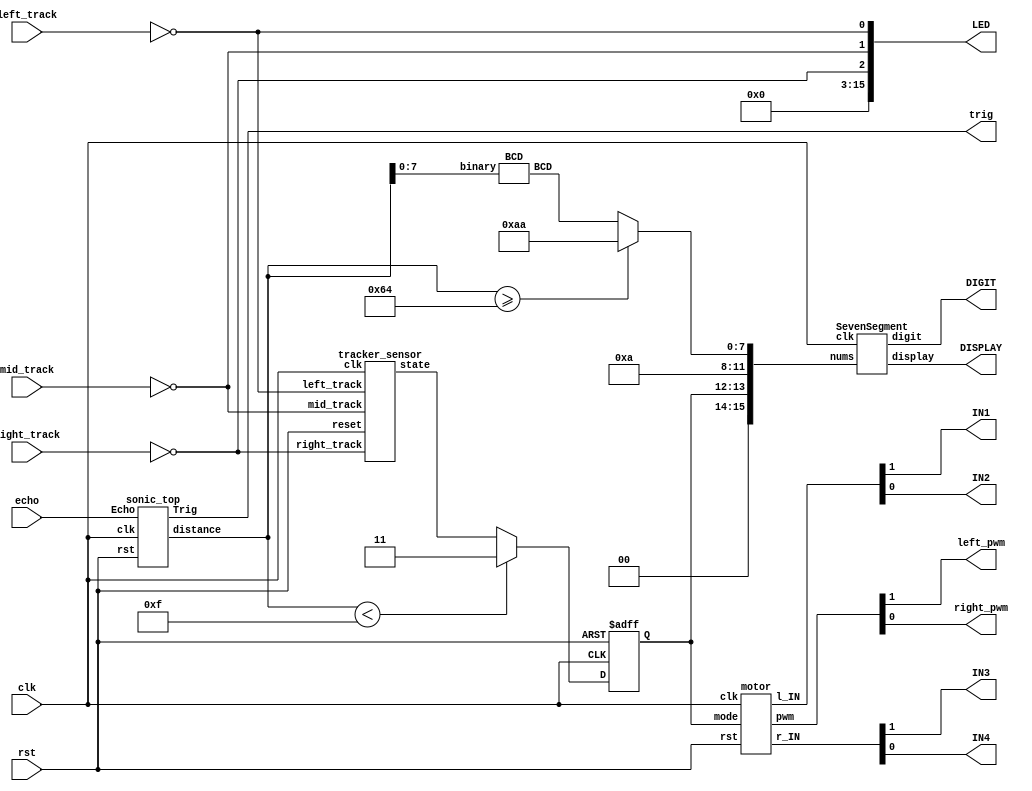
`define FRONT   2'd0
`define LEFT    2'd1
`define RIGHT   2'd2
`define STOP    2'd3

// *************** lab9.v *************** //

module Lab9(
    input clk,
    input rst,
    input echo,
    input left_track,
    input right_track,
    input mid_track,
    output trig,
    output IN1,
    output IN2,
    output IN3, 
    output IN4,
    output left_pwm,
    output right_pwm,
    output [3:0] DIGIT,
    output [6:0] DISPLAY,
    output [15:0] LED
    // You may modify or add more input/ouput yourself.
);
    // We have connected the motor, tracker_sensor and sonic_top modules in the template file for you.
    // TODO: control the motors with the information you get from ultrasonic sensor and 3-way track sensor.

    reg [1:0] mode;
    wire [19:0] distance;
    wire [1:0] tracker_state;

    // mode
    always @(posedge clk, posedge rst) begin
        if(rst) mode <= `STOP;
        else mode <= (distance<20'd15)?(`STOP):(tracker_state);
    end
    
    motor A(
        .clk(clk),
        .rst(rst),
        .mode(mode),
        .pwm({left_pwm, right_pwm}),
        .l_IN({IN1, IN2}),
        .r_IN({IN3, IN4})
    );

    sonic_top B(
        .clk(clk), 
        .rst(rst), 
        .Echo(echo), 
        .Trig(trig),
        .distance(distance)
    );

    tracker_sensor C(
        .clk(clk), 
        .reset(rst), 
        .left_track(~left_track), 
        .right_track(~right_track),
        .mid_track(~mid_track),
        .state(tracker_state)
    );

    wire [15:0] nums;
    wire [7:0] dis_BCD;
    reg [7:0] dis;

    always @* begin
        if(distance >= 20'd100) dis = {4'd10, 4'd10};
        else dis = dis_BCD;
    end

    assign nums = {2'd0, mode, 4'd10, dis};
    assign LED = {13'd0, ~right_track, ~mid_track, ~left_track};

    BCD b(
        .binary(distance[7:0]),
        .BCD(dis_BCD)
    );

    // SevenSegment
    SevenSegment ss(
        .display(DISPLAY),
        .digit(DIGIT),
        .nums(nums),
        .clk(clk)
    );

endmodule

// *************** lab9.v *************** //


// *************** moter.v *************** //

// This module take "mode" input and control two motors accordingly.
// clk should be 100MHz for PWM_gen module to work correctly.
// You can modify / add more inputs and outputs by yourself.
module motor(
    input clk,
    input rst,
    input [1:0]mode,
    output  [1:0]pwm,
    output reg [1:0]r_IN,
    output reg [1:0]l_IN
);

    reg [9:0]next_left_motor, next_right_motor;
    reg [9:0]left_motor, right_motor;
    wire left_pwm, right_pwm;

    motor_pwm m0(clk, rst, left_motor, left_pwm);
    motor_pwm m1(clk, rst, right_motor, right_pwm);

    assign pwm = {left_pwm,right_pwm};

    // TODO: trace the rest of motor.v and control the speed and direction of the two motors
    parameter SLOW = 10'd600;
    parameter FAST = 10'd730;
    parameter STOP = 10'd0;

    // left_motor, right_motor
    always @(posedge clk, posedge rst) begin
        if(rst) begin
            left_motor <= 10'd0;
            right_motor <= 10'd0;
        end else begin
            left_motor <= next_left_motor;
            right_motor <= next_right_motor;
        end
    end

    // next_left_motor, next_right_motor, r_IN, l_IN
    always @* begin
        case(mode)
            `FRONT: begin
                next_left_motor = FAST;
                next_right_motor = FAST;
                l_IN = 2'b10;
                r_IN = 2'b10;
            end
            `LEFT: begin
                next_left_motor = SLOW;
                next_right_motor = FAST;
                l_IN = 2'b10;
                r_IN = 2'b10;
            end
            `RIGHT: begin
                next_left_motor = FAST;
                next_right_motor = SLOW;
                l_IN = 2'b10;
                r_IN = 2'b10;
            end
            `STOP: begin
                next_left_motor = 10'd0;
                next_right_motor = 10'd0;
                l_IN = 2'b00;
                r_IN = 2'b00;
            end
        endcase
    end
    
endmodule

module motor_pwm (
    input clk,
    input reset,
    input [9:0]duty,
	output pmod_1 //PWM
);
        
    PWM_gen pwm_0 ( 
        .clk(clk), 
        .reset(reset), 
        .freq(32'd25000),
        .duty(duty), 
        .PWM(pmod_1)
    );

endmodule

//generte PWM by input frequency & duty cycle
module PWM_gen (
    input wire clk,
    input wire reset,
	input [31:0] freq,
    input [9:0] duty,
    output reg PWM
);
    wire [31:0] count_max = 100_000_000 / freq;
    wire [31:0] count_duty = count_max * duty / 1024;
    reg [31:0] count;
        
    always @(posedge clk, posedge reset) begin
        if (reset) begin
            count <= 0;
            PWM <= 0;
        end else if (count < count_max) begin
            count <= count + 1;
            if(count < count_duty)
                PWM <= 1;
            else
                PWM <= 0;
        end else begin
            count <= 0;
            PWM <= 0;
        end
    end
endmodule

// *************** motor.v *************** //


// *************** sonic.v *************** //

// sonic_top is the module to interface with sonic sensors
// clk = 100MHz
// <Trig> and <Echo> should connect to the sensor
// <distance> is the output distance in cm
module sonic_top(clk, rst, Echo, Trig, distance);
	input clk, rst, Echo;
	output Trig;
    output [19:0] distance;

	wire[19:0] dis;
    wire clk1M;
	wire clk_2_17;

    assign distance = dis;

    div clk1(clk ,clk1M);
	TrigSignal u1(.clk(clk), .rst(rst), .trig(Trig));
	PosCounter u2(.clk(clk1M), .rst(rst), .echo(Echo), .distance_count(dis));
 
endmodule

module PosCounter(clk, rst, echo, distance_count); 
    input clk, rst, echo;
    output[19:0] distance_count;

    parameter S0 = 2'b00;
    parameter S1 = 2'b01; 
    parameter S2 = 2'b10;
    
    wire start, finish;
    reg[1:0] curr_state, next_state;
    reg echo_reg1, echo_reg2;
    reg[19:0] count, distance_register;
    wire[19:0] distance_count; 

    always@(posedge clk) begin
        if(rst) begin
            echo_reg1 <= 0;
            echo_reg2 <= 0;
            count <= 0;
            distance_register  <= 0;
            curr_state <= S0;
        end
        else begin
            echo_reg1 <= echo;   
            echo_reg2 <= echo_reg1; 
            case(curr_state)
                S0:begin
                    if (start) curr_state <= next_state; //S1
                    else count <= 0;
                end
                S1:begin
                    if (finish) curr_state <= next_state; //S2
                    else count <= count + 1;
                end
                S2:begin
                    distance_register <= count;
                    count <= 0;
                    curr_state <= next_state; //S0
                end
            endcase
        end
    end

    always @(*) begin
        case(curr_state)
            S0:next_state = S1;
            S1:next_state = S2;
            S2:next_state = S0;
            default:next_state = S0;
        endcase
    end

    assign start = echo_reg1 & ~echo_reg2;  
    assign finish = ~echo_reg1 & echo_reg2;

    // TODO: trace the code and calculate the distance, output it to <distance_count>
    // distance_count
    assign distance_count = distance_register*34/2000;

endmodule

// send trigger signal to sensor
module TrigSignal(clk, rst, trig);
    input clk, rst;
    output trig;

    reg trig, next_trig;
    reg[23:0] count, next_count;

    always @(posedge clk, posedge rst) begin
        if (rst) begin
            count <= 0;
            trig <= 0;
        end
        else begin
            count <= next_count;
            trig <= next_trig;
        end
    end
    // count 10us to set trig high and wait for 100ms
    always @(*) begin
        next_trig = trig;
        next_count = count + 1;
        if(count == 999)
            next_trig = 0;
        else if(count == 24'd9999999) begin
            next_trig = 1;
            next_count = 0;
        end
    end
endmodule

// clock divider for T = 1us clock
module div(clk ,out_clk);
    input clk;
    output out_clk;
    reg out_clk;
    reg [6:0]cnt;
    
    always @(posedge clk) begin   
        if(cnt < 7'd50) begin
            cnt <= cnt + 1'b1;
            out_clk <= 1'b1;
        end 
        else if(cnt < 7'd100) begin
	        cnt <= cnt + 1'b1;
	        out_clk <= 1'b0;
        end
        else if(cnt == 7'd100) begin
            cnt <= 0;
            out_clk <= 1'b1;
        end
    end
endmodule

// *************** sonic.v *************** //


// *************** tracker_sensor.v *************** //

module tracker_sensor(clk, reset, left_track, right_track, mid_track, state);
    input clk;
    input reset;
    input left_track, right_track, mid_track;
    output reg [1:0] state;

    // 0 for white, 1 for black

    // TODO: Receive three tracks and make your own policy.
    // Hint: You can use output state to change your action.
    // state
    always @(posedge clk, posedge reset) begin
        if(reset) begin
            state <= `STOP;
        end else begin
            case({left_track, mid_track, right_track})
                // 3'b000: state <= state;
                3'b001: state <= `RIGHT;
                3'b010: state <= `FRONT;
                3'b011: state <= `RIGHT;
                3'b100: state <= `LEFT;
                // 3'b101: state <= state;
                3'b110: state <= `LEFT;
                3'b111: state <= `STOP;
            endcase
        end
    end

endmodule

// *************** tracker_sensor.v *************** //

module SevenSegment(
	output reg [6:0] display,
	output reg [3:0] digit,
	input wire [15:0] nums,
	input wire clk
    );
    
    reg [15:0] clk_divider;
    reg [3:0] display_num;
    
    always @ (posedge clk) begin
    	clk_divider <= clk_divider + 15'b1;
    end
    
    always @ (posedge clk_divider[15]) begin
    	case (digit)
    		4'b1110 : begin
    			display_num <= nums[7:4];
    			digit <= 4'b1101;
    		end
    		4'b1101 : begin
				display_num <= nums[11:8];
				digit <= 4'b1011;
			end
    		4'b1011 : begin
				display_num <= nums[15:12];
				digit <= 4'b0111;
			end
    		4'b0111 : begin
				display_num <= nums[3:0];
				digit <= 4'b1110;
			end
    		default : begin
				display_num <= nums[3:0];
				digit <= 4'b1110;
			end				
    	endcase
    end
    
    always @ (*) begin
    	case (display_num)
    		0 : display = 7'b1000000;	//0000
			1 : display = 7'b1111001;   //0001                                                
			2 : display = 7'b0100100;   //0010                                                
			3 : display = 7'b0110000;   //0011                                             
			4 : display = 7'b0011001;   //0100                                               
			5 : display = 7'b0010010;   //0101                                               
			6 : display = 7'b0000010;   //0110
			7 : display = 7'b1111000;   //0111
			8 : display = 7'b0000000;   //1000
			9 : display = 7'b0010000;	//1001
			default : display = 7'b1111111;
    	endcase
    end
    
endmodule

module BCD(
    input [7:0] binary,
    output reg [7:0] BCD);
    wire [7:0] b1, b2, b3, b4, b5, b6, b7, b8, b9;
    assign b1 = binary-8'd10;
    assign b2 = binary-8'd20;
    assign b3 = binary-8'd30;
    assign b4 = binary-8'd40;
    assign b5 = binary-8'd50;
    assign b6 = binary-8'd60;
    assign b7 = binary-8'd70;
    assign b8 = binary-8'd80;
    assign b9 = binary-8'd90;
    // BCD
    always @* begin
        BCD = binary;
        if(binary < 8'd10) BCD = binary;
        else if(binary < 8'd20) BCD = {4'd1, b1[3:0]};
        else if(binary < 8'd30) BCD = {4'd2, b2[3:0]};
        else if(binary < 8'd40) BCD = {4'd3, b3[3:0]};
        else if(binary < 8'd50) BCD = {4'd4, b4[3:0]};
        else if(binary < 8'd60) BCD = {4'd5, b5[3:0]};
        else if(binary < 8'd70) BCD = {4'd6, b6[3:0]};
        else if(binary < 8'd80) BCD = {4'd7, b7[3:0]};
        else if(binary < 8'd90) BCD = {4'd8, b8[3:0]};
        else if(binary < 8'd100) BCD = {4'd9, b9[3:0]};
        else BCD = {8'd0};
    end
endmodule